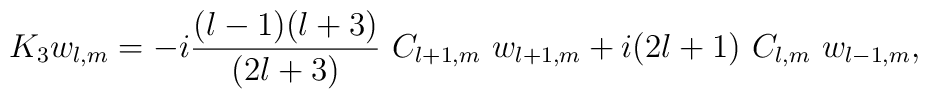
K_3 w_{l,m} = -i {(l-1)(l+3)\over (2l+3)}\ C_{l+1,m}\ w_{l+1,m} + i(2l+1)\ C_{l,m}\ w_{l-1,m},